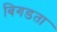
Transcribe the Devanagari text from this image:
बिगडता